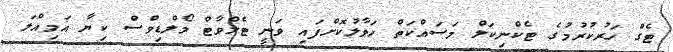
ޓެގް ހަރުކުރުމުގެ ޓެކްނިކަލް މަސައްކަތް ހަވާލުކޮށްފައި ވަނީ ޓެލްވާޓް މޯލްޑިވްސް ކިޔާ އަމިއްލަ